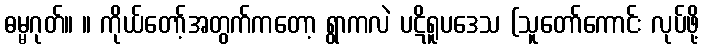
ဓမ္မဂုတ်။ ။ ကိုယ်တော့်အတွက်ကတော့ ရွာကလဲ ပဋိရူပဒေသ (သူတော်ကောင်း လုပ်ဖို့